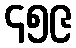
၄၅၉